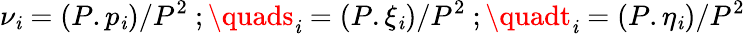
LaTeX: {\nu}_{\mathit{i}}=(P.p_{\mathit{i}})/P^{2}\ ;\quads_{\mathit{i}}=(P.\xi_{\mathit{i}})/P^{2}\ ;\quadt_{\mathit{i}}=(P.\eta_{\mathit{i}})/P^{2}